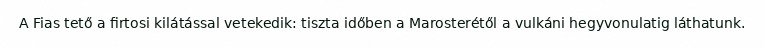
A Fias tető a firtosi kilátással vetekedik: tiszta időben a Marosterétől a vulkáni hegyvonulatig láthatunk.